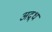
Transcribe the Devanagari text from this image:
अद्र्ध